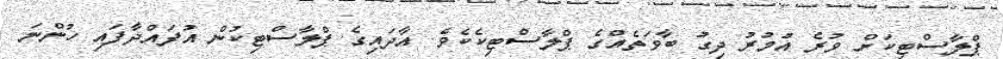
ޕްލާސްޓިކަށް ވުރެ އުމުރު ދިގު ބާވަތެއްގެ ޕްލާސްޓިކެކެވެ. އާދައިގެ ޕްލާސްޓިކުން އުފައްދާފައި ހުންނަ